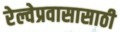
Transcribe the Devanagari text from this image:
रेल्वेप्रवासासाठी